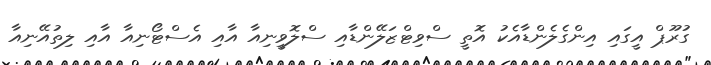
ގުރޫޕް އީގައި އިންގެލެންޑާއެކު އޮތީ ސްވިޓްޒަލޭންޑާއި ސްލޮވީނިއާ އާއި އެސްޓޯނިއާ އާއި ލިތުއޭނިއާ